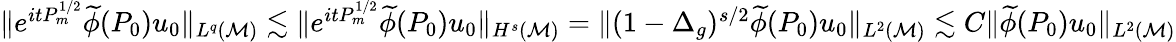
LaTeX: \begin{array}{r}{\| e^{itP_{m}^{1/2}}\widetilde{\phi}(P_{0})u_{0}\| _{L^{q}(\mathcal{M})}\lesssim\| e^{itP_{m}^{1/2}}\widetilde{\phi}(P_{0})u_{0}\| _{H^{s}(\mathcal{M})}=\| (1-\Delta_{g})^{s/2}\widetilde{\phi}(P_{0})u_{0}\| _{L^{2}(\mathcal{M})}\lesssim C\| \widetilde{\phi}(P_{0})u_{0}\| _{L^{2}(\mathcal{M})}}\end{array}